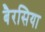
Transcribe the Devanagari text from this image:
बैरसिया